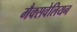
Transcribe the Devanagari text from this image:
मैक्सवेलियन